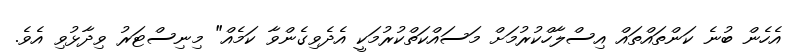
އެހެން ބުނެ ކަންތައްތައް އިސްލާހްކުރުމަށް މަސައްކަތްކުރުމަކީ އެދެވިގެންވާ ކަމެއް" މިނިސްޓަރު ވިދާޅުވި އެވެ.